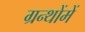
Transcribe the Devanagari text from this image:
ग्रन्थोंमें